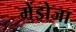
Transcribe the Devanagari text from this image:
मेंडोजा